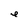
Character: e